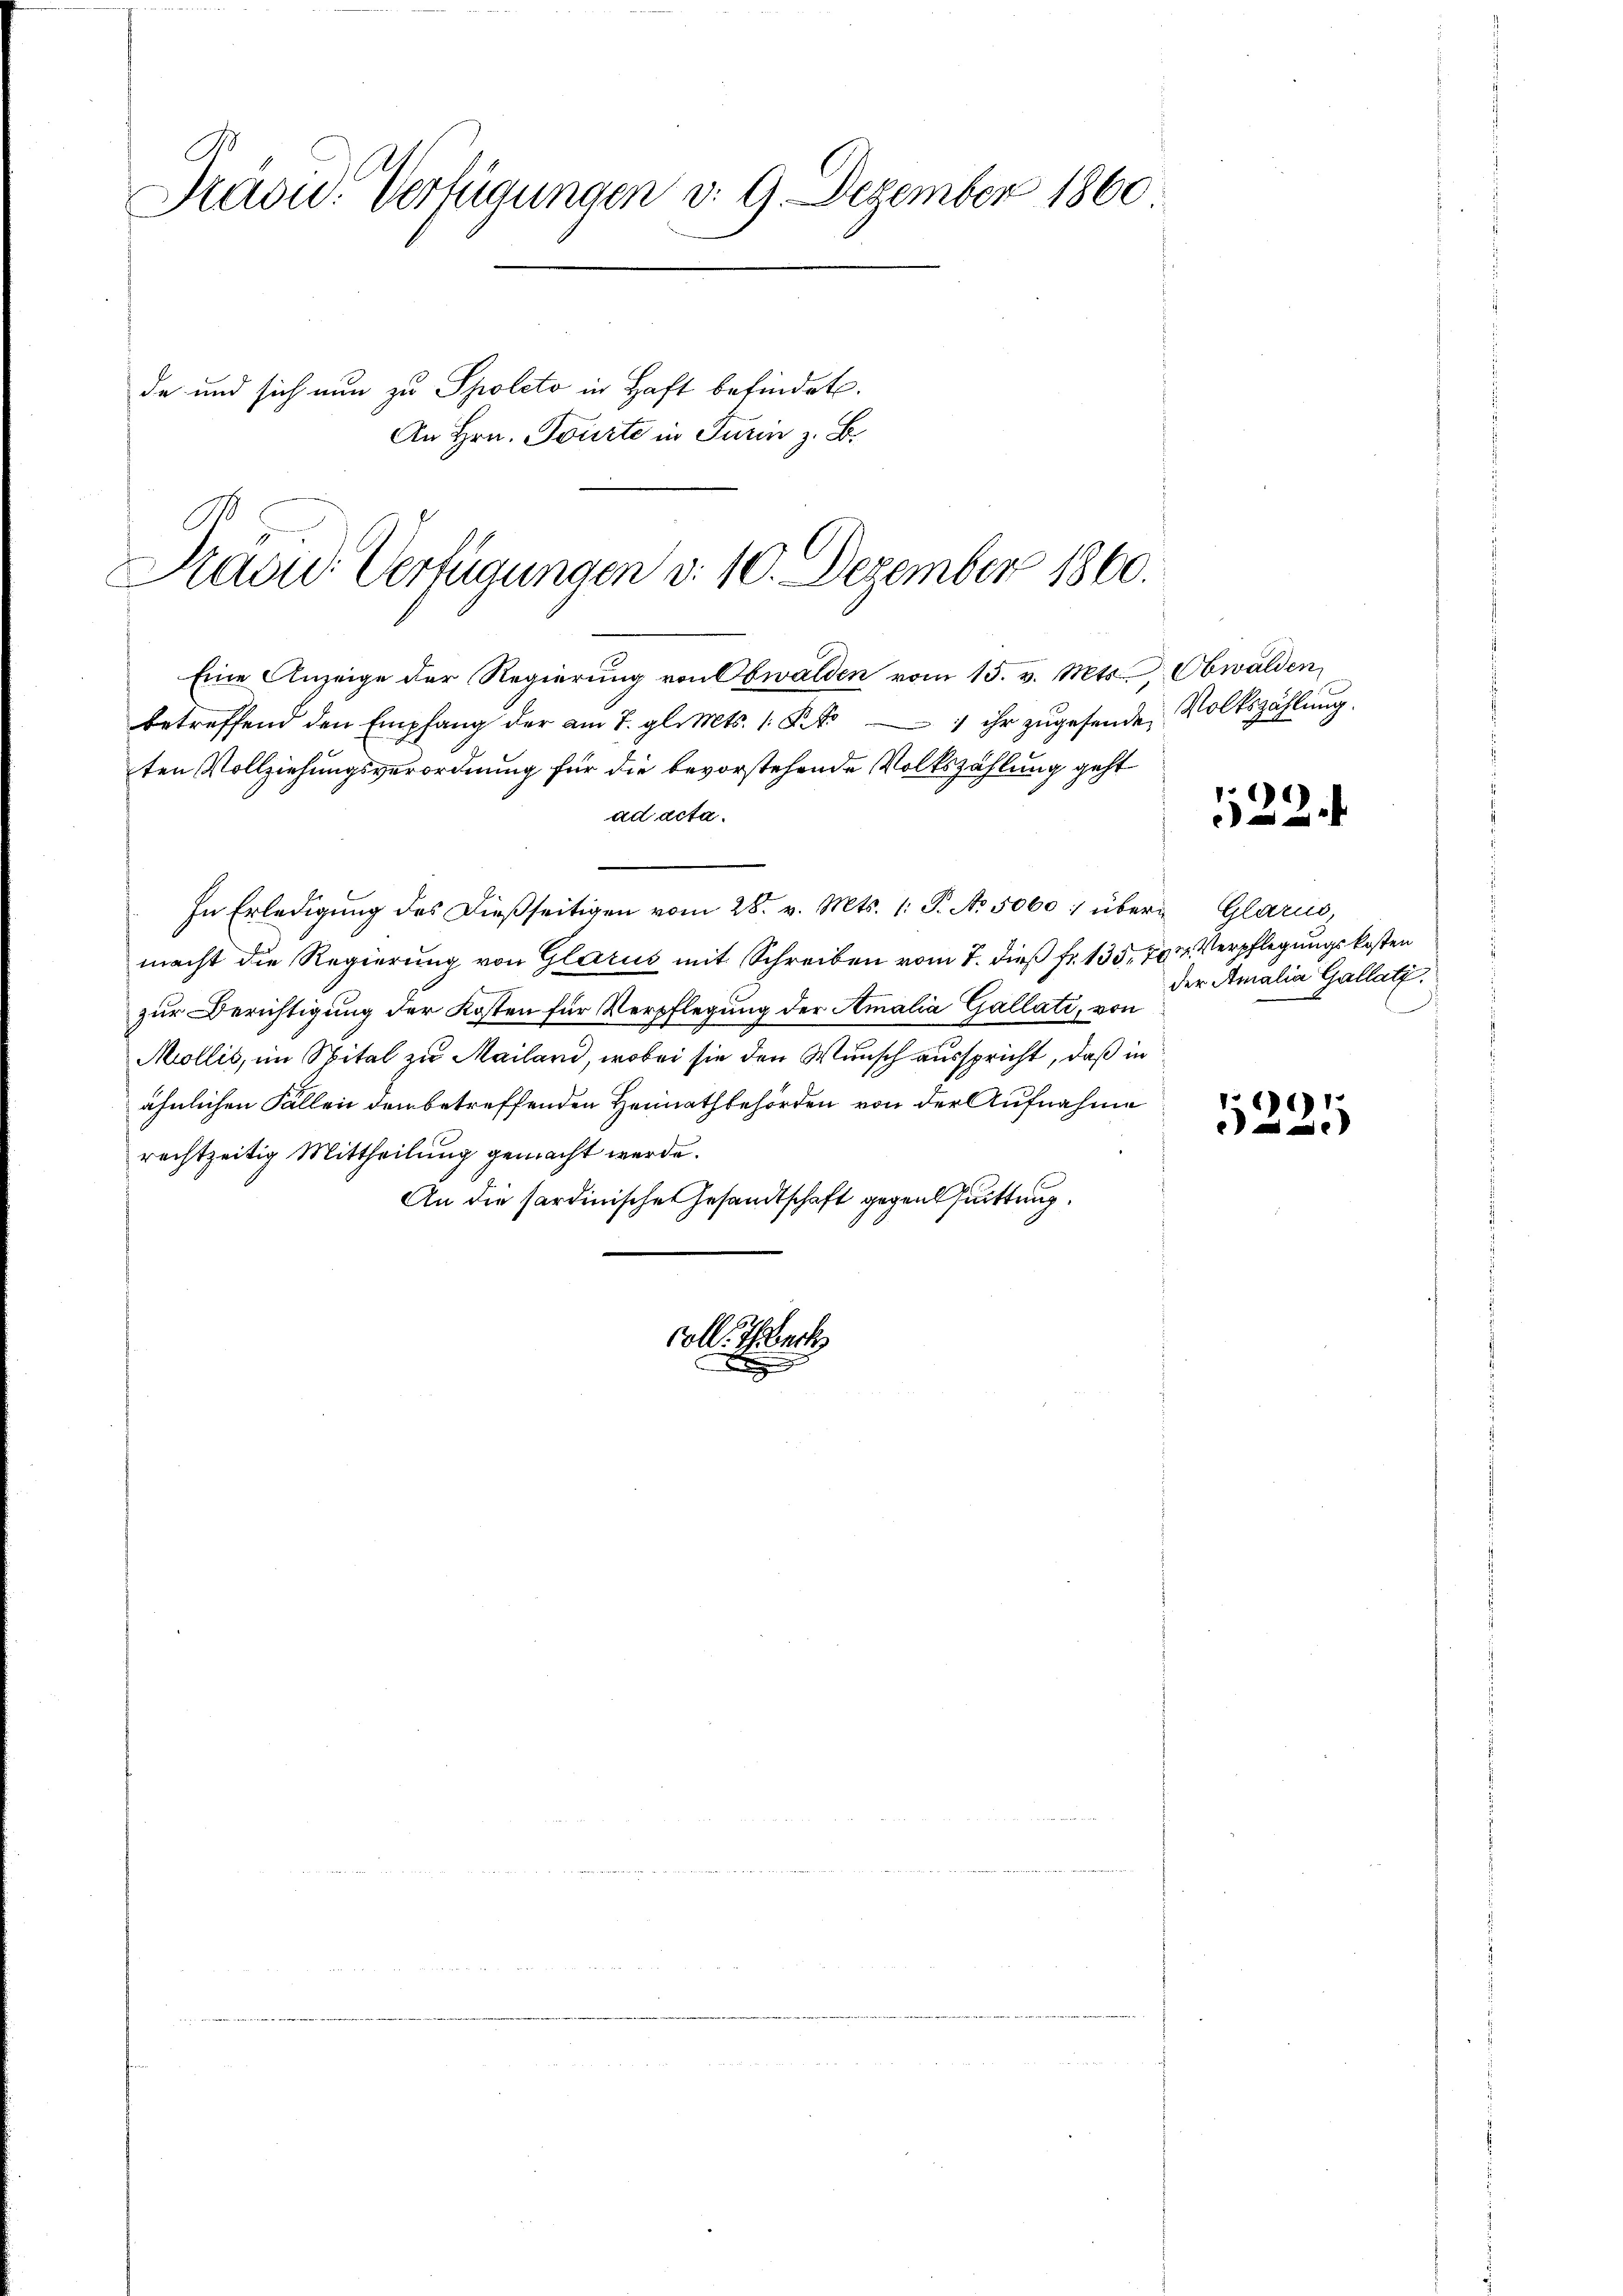
Präsid. Verfügungen d. 9. Dezember 1860

de und sich nun zu Spolito in Haft befindet.
An Hrn. Tourte in Turin z. B.
Eine Anzeige der Regierung von Obwalden vom 15. v. Mts. Obwalden,
betreffend den Empfang der am 7. gl. Mts. 1. §. 1 ihr zŭgehende Volkszählung.
ten Vollziehungsverordnung für die bevorstehende Volkszählung geht
ad acta.
In Erledigŭng des dießseitigen vom 28. v. Mts. 1. P. No. 5000 : über Glarus,
macht die Regierung von Glarus mit Schreiben vom 7. dieß fr. 135. 701 Verpflegungskosten
zur Berichtigung der Kosten für Verpflegung der Amalia Gallati, von
Mollis, im Spital zu Mailand, wobei sie den Wunsch ausspricht, daß in
ähnlichen Fällen den betreffenden Heimathbehörden von der Aufnahme
rechtzeitig Mittheilung gemacht werde.
An die sardinischen Gesandtschaft gegens suittung.
coll. Ich ber
g

Pavid Verfügungen d. 10. Dezember 1860.

522.

der Amalia Gallatz.

5221